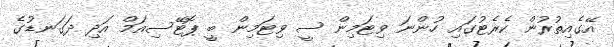
އޭގެއިތުރުން ކެރެޓުގައި ހުންނަ ވިޓަމިން ސީ ވިޓަމިން ބީ ޕޮޓޭސިއަމް އަދި ދަގަނޑުގެ